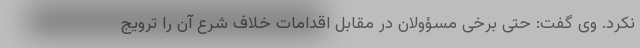
نکرد. وی گفت: حتی برخی مسؤولان در مقابل اقدامات خلاف شرع آن را ترویج